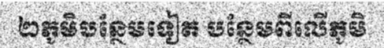
២ភូមិបន្ថែមទៀត បន្ថែមពីលើភូមិ